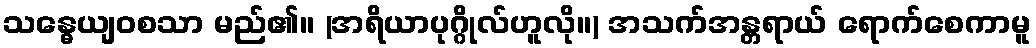
သန္ဓေယျဝစသာ မည်၏။ (အရိယာပုဂ္ဂိုလ်ဟူလို။) အသက်အန္တရာယ် ရောက်စေကာမူ